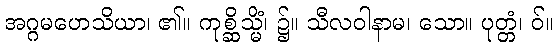
အဂ္ဂမဟေသိယာ၊ ၏။ ကုစ္ဆိသ္မိံ၊ ၌။ သီလဝါနာမ၊ သော။ ပုတ္တံ၊ ဝ်။